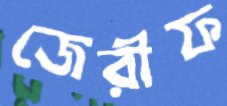
জেরীফ